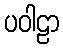
ပဝါဠာ